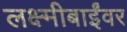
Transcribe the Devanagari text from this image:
लक्ष्मीबाईंवर